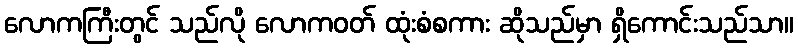
လောကကြီးတွင် သည်လို လောကဝတ် ထုံးစံစကား ဆိုသည်မှာ ရှိကောင်းသည်သာ။